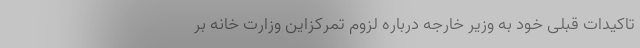
تاکیدات قبلی خود به وزیر خارجه درباره لزوم تمرکزاین وزارت خانه بر